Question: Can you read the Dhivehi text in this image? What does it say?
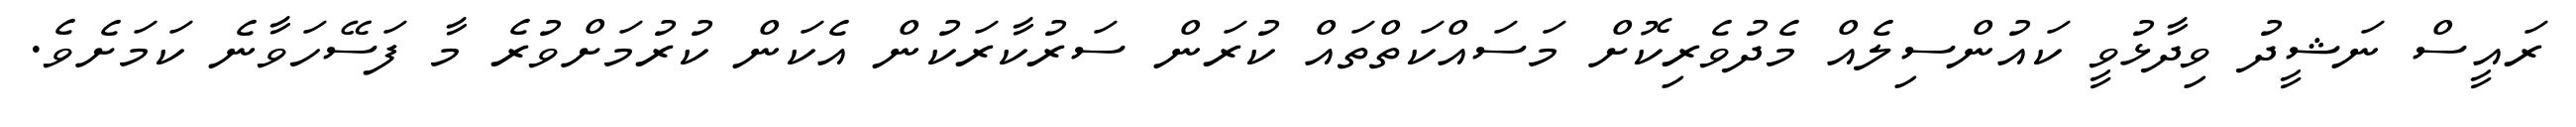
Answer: ރައީސް ނަޝީދު ވިދާޅުވީ ކައުންސިލެއް މެދުވެރިކޮށް މަސައްކަތްތައް ކުރަން ސަރުކާރަކުން އެކަން ކުރުމަށްވުރެ މާ ފަސޭހަވާނެ ކަމަށެވެ.